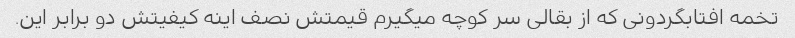
تخمه افتابگردونی که از بقالی سر کوچه میگیرم قیمتش نصف اینه کیفیتش دو برابر این.